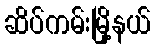
ဆိပ်ကမ်းမြို့နယ်